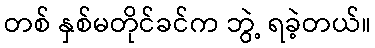
တစ် နှစ်မတိုင်ခင်က ဘွဲ့ ရခဲ့တယ်။